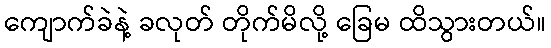
ကျောက်ခဲနဲ့ ခလုတ် တိုက်မိလို့ ခြေမ ထိသွားတယ်။